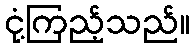
ငုံ့ကြည့်သည်။